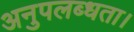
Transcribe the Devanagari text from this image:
अनुपलब्धता।